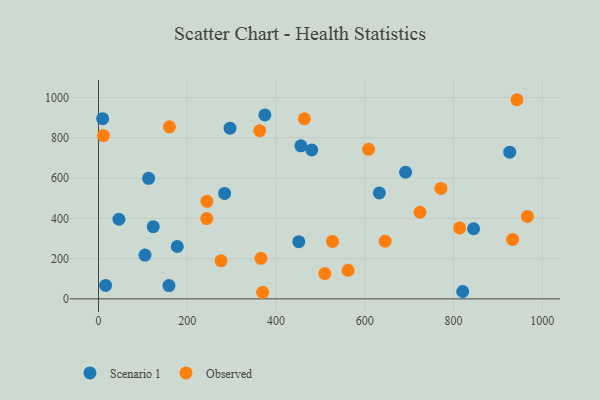
{"axis": {"x": "Price", "y": "Yield"}, "legend": ["Observed", "Scenario 1"], "data": [{"x": "284.2", "y": 523.8, "type": "Scenario 1"}, {"x": "632.9", "y": 526.2, "type": "Scenario 1"}, {"x": "158.8", "y": 66.2, "type": "Scenario 1"}, {"x": "692.0", "y": 628.8, "type": "Scenario 1"}, {"x": "820.8", "y": 36.6, "type": "Scenario 1"}, {"x": "46.1", "y": 395.3, "type": "Scenario 1"}, {"x": "374.9", "y": 913.6, "type": "Scenario 1"}, {"x": "845.3", "y": 348.1, "type": "Scenario 1"}, {"x": "112.9", "y": 598.6, "type": "Scenario 1"}, {"x": "926.7", "y": 728.4, "type": "Scenario 1"}, {"x": "480.5", "y": 739.5, "type": "Scenario 1"}, {"x": "9.3", "y": 895.1, "type": "Scenario 1"}, {"x": "16.0", "y": 66.8, "type": "Scenario 1"}, {"x": "177.5", "y": 260.1, "type": "Scenario 1"}, {"x": "123.4", "y": 358.3, "type": "Scenario 1"}, {"x": "296.4", "y": 847.8, "type": "Scenario 1"}, {"x": "456.0", "y": 760.2, "type": "Scenario 1"}, {"x": "104.8", "y": 217.5, "type": "Scenario 1"}, {"x": "451.4", "y": 283.9, "type": "Scenario 1"}, {"x": "943.0", "y": 989.0, "type": "Observed"}, {"x": "724.5", "y": 430.2, "type": "Observed"}, {"x": "933.1", "y": 295.1, "type": "Observed"}, {"x": "366.0", "y": 201.5, "type": "Observed"}, {"x": "771.7", "y": 548.5, "type": "Observed"}, {"x": "363.4", "y": 834.8, "type": "Observed"}, {"x": "276.1", "y": 189.2, "type": "Observed"}, {"x": "510.1", "y": 125.5, "type": "Observed"}, {"x": "562.4", "y": 141.7, "type": "Observed"}, {"x": "966.5", "y": 409.2, "type": "Observed"}, {"x": "464.1", "y": 894.4, "type": "Observed"}, {"x": "244.0", "y": 398.5, "type": "Observed"}, {"x": "159.9", "y": 854.6, "type": "Observed"}, {"x": "369.9", "y": 32.7, "type": "Observed"}, {"x": "244.2", "y": 484.3, "type": "Observed"}, {"x": "813.7", "y": 352.4, "type": "Observed"}, {"x": "527.4", "y": 285.1, "type": "Observed"}, {"x": "11.0", "y": 810.8, "type": "Observed"}, {"x": "608.6", "y": 742.5, "type": "Observed"}, {"x": "645.9", "y": 286.4, "type": "Observed"}]}